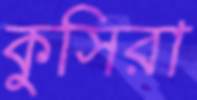
কুসিরা